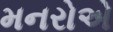
મનરોએ